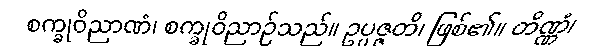
စက္ခုဝိညာဏံ၊ စက္ခုဝိညာဉ်သည်။ ဥပ္ပဇ္ဇတိ၊ ဖြစ်၏။ တိဏ္ဏံ၊